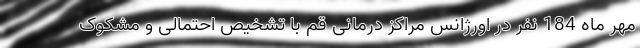
مهر ماه 184 نفر در اورژانس مراکز درمانی قم با تشخیص احتمالی و مشکوک